Annual administration report of the Civil Veterinary Department, Ajmere-Merwara, British Rajputana - 1914-1940
Year: 1914
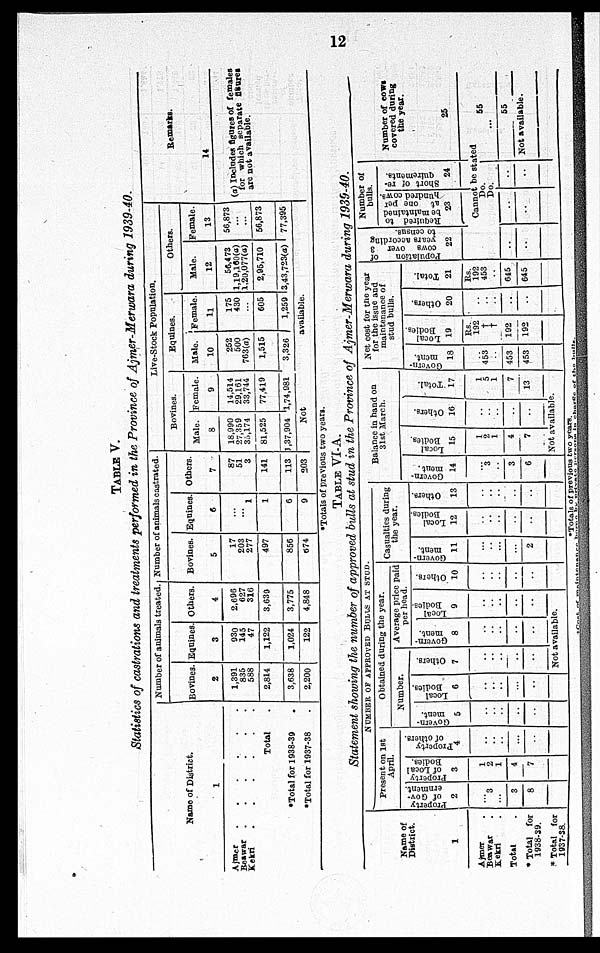
12
TABLE V.
Statistics of castrations and treatments performed in the Province of Ajmer-Merwara during 1939-40.
Name of District
1
Ajmer . . . . . .
Beawar . . . . . .
Kekri
.
.
.
.
.
.
Total .
*Total for 1938-39 .
*Total for 1937-38 .
Number of animals treated.
Bovines.
2
1,391
835
588
2,814
3,638
2,200
Equines
3
930
145
47
1,122
1,024
122
Others.
4
2,696
627
316
3,639
3,775
4,848
Number of animals castrated.
Bovines.
5
17
203
277
497
856
874
Equines.
6
...
... 1
1
6
9
Others.
7
87
51
3
141
113
203
Live-Stock Population.
Bovines.
Male.
8
18,990
27,359
35,174
81,525
1,37,904
Female.
9
14,514
29,161
33,744
77,419
1,74,981
Equines.
Male.
10
252
500
763(a)
1,515
3,326
Female.
11
175
430
...
605
1,259
Others.
Male.
12
56,473
1,19,160(a)
1,20,077(a)
2,95,710
3,43,723(a)
Female.
13
56,873
...
...
56,873
77,395
Not
available.
Remarks.
14
(a) Includes figures of females
for which separate figures
are not available.
*Totals of previous two years.
TABLE VI-A.
Statement showing the number of approved bulls at stud in the Province of Ajmer-Merwara during 1939-40.
Name of
District.
1
Ajmer .
Beawar .
Kekri .
Total.
* Total for
1938-39.
* Total for
1837-38.
NUMBER OF APPROVED BULLS AT STUD.
Present on 1st
April.
Property
of Gov-
ernment.
2
... 3
...
3
8
Property
of Local
Bodies.
3
1
2
1
4
7
Property
of others.
4
..
..
..
..
..
Obtained during the year.
Number
Govern-
ment.
5
..
..
..
..
..
Local
Bodies.
6
..
.. ..
..
..
Others.
7
..
..
..
..
..
Average price paid
per head.
Govern-
ment.
8
..
..
..
..
..
Local
Bodies.
9
..
..
..
..
..
Not available.
Others.
10
..
..
..
..
..
Casualties during
the year.
Govern-
ment.
11
..
..
..
..
2
Local
Bodies.
12
..
..
..
..
..
Others.
13
..
..
..
..
..
Balance in hand on
31st March.
Govern-
ment.
14
.. 3
3
6
Local
Bodies.
15
1
2
1
4
7
Others.
16
..
..
..
..
..
Total.
17
1
5
1
7
13
Not available.
Net cost for the year
for the issue and
maintenance of
stud bulls.
Govern-
ment.
18
.. 453
..
453
453
Local
Bodies.
19
Rs.
192
†
†
192
192
Others.
20
..
..
..
..
Total.
21
Rs.
192
453
645
645
Population of
c ows over 3
years according
to census.
22
..
..
Number of
bulls.
Required to
be maintained
at one per
hundred cows.
23
Short of re-
quirements.
24
Number of cows
covered during
the year.
25
Cannot be stated
Do.
Do.
..
..
..
..
55
...
55
Not available.
*Totals of previous two years.
†Cost of maintenance borne by private person in chase of the bulls.